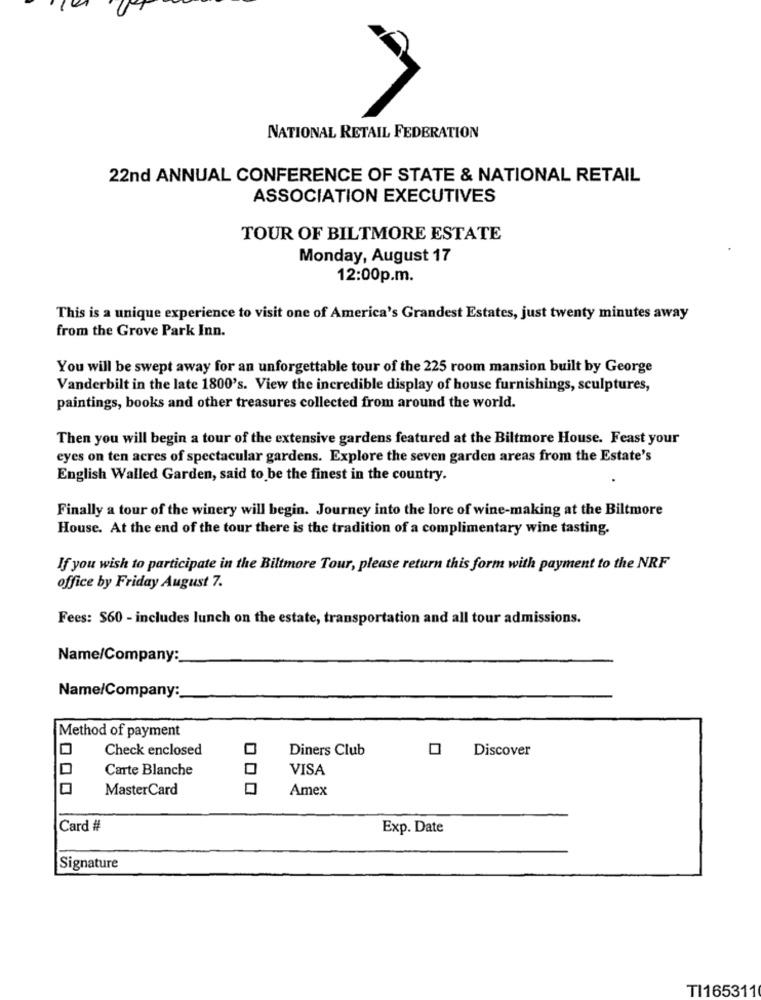
NATIONAL RETAIL FEDERATION
22nd ANNUAL CONFERENCE OF STATE & NATIONAL RETAIL
ASSOCIATION EXECUTIVES
TOUR OF BILTMORE ESTATE
Monday, August 17
12:00p.m.
This is a unique experience to visit one of America's Grandest Estates, just twenty minutes away
from the Grove Park Inn.
You will be swept away for an unforgettable tour of the 225 room mansion built by George
Vanderbilt in the late 1800's. View the incredible display of house furnishings, sculptures,
paintings, books and other treasures collected from around the world.
Then you will begin a tour of the extensive gardens featured at the Biltmore House. Feast your
eyes on ten acres of spectacular gardens. Explore the seven garden areas from the Estate's
English Walled Garden, said to be the finest in the country.
Finally a tour of the winery will begin. Journey into the lore of wine-making at the Biltmore
House. At the end of the tour there is the tradition of a complimentary wine tasting.
If you wish to participate in the Biltmore Tour, please return this form with payment to the NRF
office by Friday August 7.
Fees: $60 - includes lunch on the estate, transportation and all tour admissions.
Name/Company :_
Name/Company:
Method of payment
Check enclosed
Diners Club
0
Discover
Carte Blanche
VISA
MasterCard
Amex
Card #
Exp. Date
Signature
TI165311